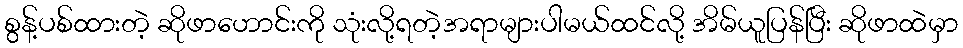
စွန့်ပစ်ထားတဲ့ ဆိုဖာဟောင်းကို သုံးလို့ရတဲ့အရာများပါမယ်ထင်လို့ အိမ်ယူပြန်ပြီး ဆိုဖာထဲမှာ